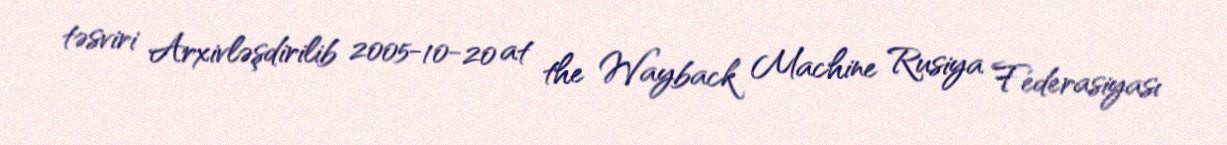
təsviri Arxivləşdirilib 2005-10-20 at the Wayback Machine Rusiya Federasiyası